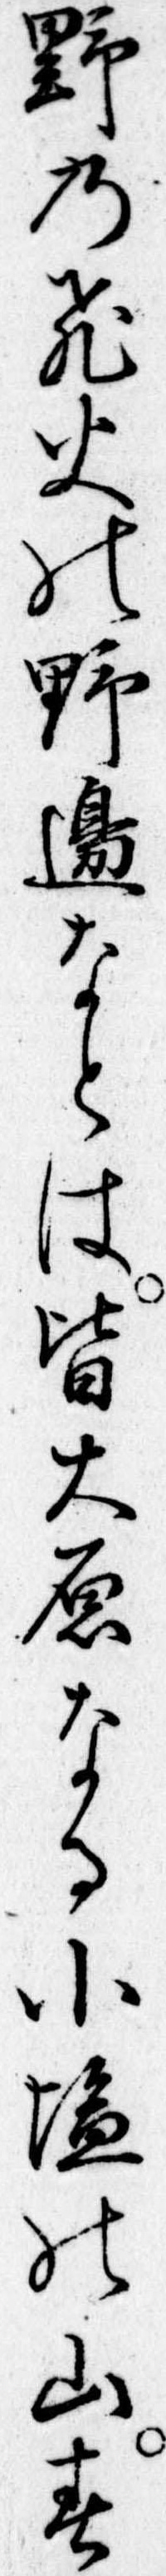
野の飛火の野辺なとは皆大原なる小塩の山春